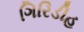
ગિરિડીહ